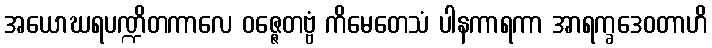
အယောဃရပဏ္ဍိတကာလေ ဝဇ္ဇေတဗ္ဗံ ကိမေတေသံ ပါနကာရကာ အာရက္ခဒေဝတာဟိ